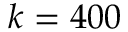
k = 4 0 0